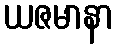
ယဇမာနာ